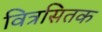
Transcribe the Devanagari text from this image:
वित्रसितक